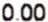
0.00